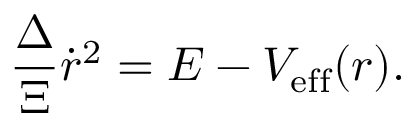
\frac { \Delta } { \Xi } \dot { r } ^ { 2 } = E - V _ { \mathrm { e f f } } ( r ) .